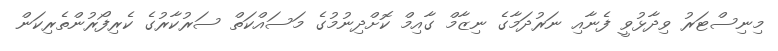
މިނިސްޓަރު ވިދާޅުވީ ފެނާއި ނަރުދަމާގެ ނިޒާމް ގާއިމް ކޮށްދިނުމުގެ މަސައްކަތް ސަރުކާރުގެ ކެރިފޯރުންތެރިކަން